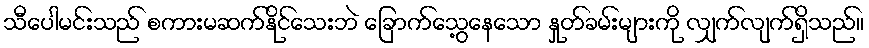
သီပေါမင်းသည် စကားမဆက်နိုင်သေးဘဲ ခြောက်သွေ့နေသော နှုတ်ခမ်းများကို လျှက်လျက်ရှိသည်။